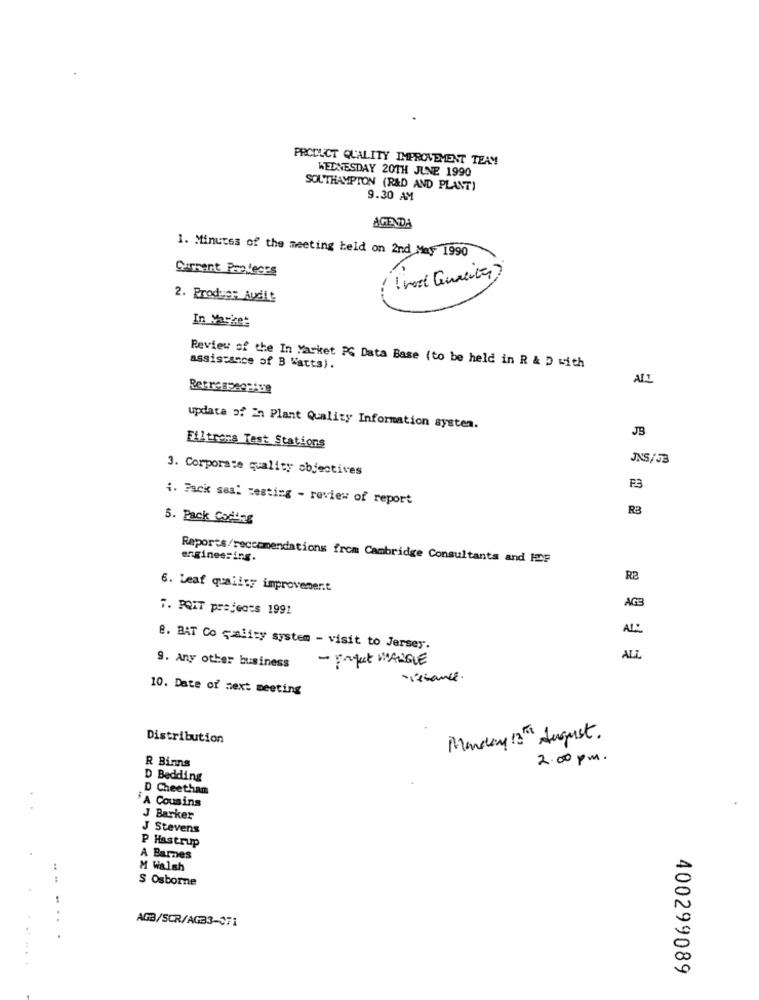
PRODUCT QUALITY IMPROVEMENT TEAM
WEDNESDAY 20TH JUNE 1990
SOUTHAMPTON (R&D AND PLANT)
9.30 AM
AGENDA
1. Minutes of the meeting held on 2nd May 1990
Current Paoleces
( root Qualiter )
2. Proder Audit
In Market
assistance of B "atts).
Review of the In Market PC Data Base (to be held in R & D with
Retrespectse
updata of in Plant Quality Information system.
JB
Filtrona Test Stations
JNS/5B
3. Corporate quality objectives
F3
i. Fack seal testing - review of report
RB
5. Pack Coding
Reports/recommendations from Cambridge Consultants and HDP
engineering.
R2
6. Leaf quality improvement
7. POIT projects 1991
AGE
AL:
8. BAT Co quality system - visit to Jersey.
- project MANGUE
ALI
9. Any other business
-issance.
10. Date of next meeting
Distribution
Monday 13th August.
R Binns
2.00 pm.
D Bedding
D Cheetham
A Cousins
J Barker
J Stevens
P Hastrup
A Barnes
M Walsh
.. ..
S Osborne
....
AGB/SCR/AG33-371
.
400299089